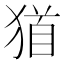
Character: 𤠁